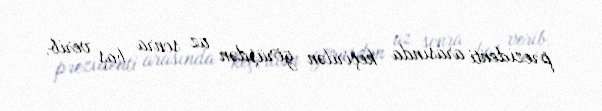
prezidenti arasında keçirilən görüşdən az sonra baş verib.